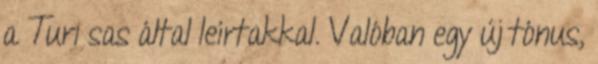
a Turi sas által leí­rtakkal. Valóban egy új tónus,